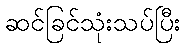
ဆင်ခြင်သုံးသပ်ပြီး